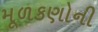
મૂળકણોની